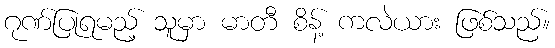
ဂုဏ်ပြုရမည့် သူမှာ မာတီ စိန့် ကလဲယား ဖြစ်သည်။